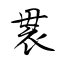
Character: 袰